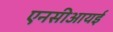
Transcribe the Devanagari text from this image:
एनसीआयई